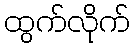
ထွက်လိုက်